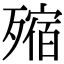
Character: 𣩐